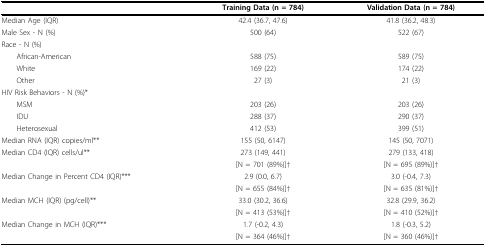
<table><thead><tr><td></td><td><b>Training Data (n = 784)</b></td><td><b>Validation Data (n = 784)</b></td></tr></thead><tbody><tr><td>Median Age (IQR)</td><td>42.4 (36.7, 47.6)</td><td>41.8 (36.2, 48.3)</td></tr><tr><td>Male Sex - N (%)</td><td>500 (64)</td><td>522 (67)</td></tr><tr><td>Race - N (%)</td><td></td><td></td></tr><tr><td> African-American</td><td>588 (75)</td><td>589 (75)</td></tr><tr><td> White</td><td>169 (22)</td><td>174 (22)</td></tr><tr><td> Other</td><td>27 (3)</td><td>21 (3)</td></tr><tr><td>HIV Risk Behaviors - N (%)*</td><td></td><td></td></tr><tr><td> MSM</td><td>203 (26)</td><td>203 (26)</td></tr><tr><td> IDU</td><td>288 (37)</td><td>290 (37)</td></tr><tr><td> Heterosexual</td><td>412 (53)</td><td>399 (51)</td></tr><tr><td>Median RNA (IQR) copies/ml**</td><td>155 (50, 6147)</td><td>145 (50, 7071)</td></tr><tr><td>Median CD4 (IQR) cells/ul**</td><td>273 (149, 441)</td><td>279 (133, 418)</td></tr><tr><td></td><td>[N = 701 (89%)]†</td><td>[N = 695 (89%)]†</td></tr><tr><td>Median Change in Percent CD4 (IQR)***</td><td>2.9 (0.0, 6.7)</td><td>3.0 (-0.4, 7.3)</td></tr><tr><td></td><td>[N = 655 (84%)]†</td><td>[N = 635 (81%)]†</td></tr><tr><td>Median MCH (IQR) (pg/cell)**</td><td>33.0 (30.2, 36.6)</td><td>32.8 (29.9, 36.2)</td></tr><tr><td></td><td>[N = 413 (53%)]†</td><td>[N = 410 (52%)]†</td></tr><tr><td>Median Change in MCH (IQR)***</td><td>1.7 (-0.2, 4.3)</td><td>1.8 (-0.3, 5.2)</td></tr><tr><td></td><td>[N = 364 (46%)]†</td><td>[N = 360 (46%)]†</td></tr></tbody></table>